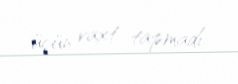
üçün vaxt tapmadı.